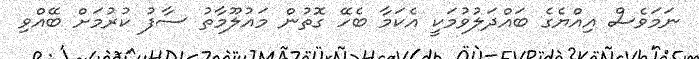
ނަމަވެސް އިއްޔެގެ ބައްދަލުވުމަކީ އެކަމާ ބެހޭ ގޮތުން މައުލޫމާތު ސާފު ކުރުމަށް ބޭއްވި